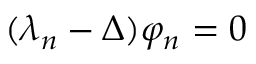
( \lambda _ { n } - \Delta ) \varphi _ { n } = 0